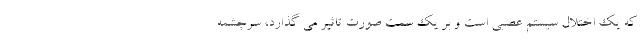
که یک اختلال سیستم عصبی است و بر یک سمت صورت تاثیر می گذارد، سرچشمه